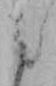
た